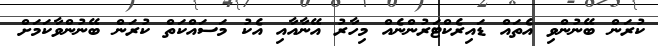
ކުރަން ބޭނުންވި އެތައް ޑައިރެކްޓަރުންނެއް މިހާރު އޭނާއާއި އެކު މަސައްކަތް ކުރަން ބޭނުންވާކަމަށް